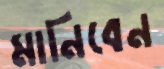
মানিবেন